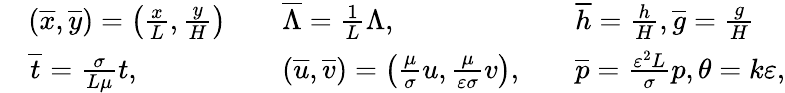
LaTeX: \begin{array}{rlrlrl}&{(\overline{{x}},\overline{{y}})=\left(\frac{x}{L},\frac{y}{H}\right)}&&{\overline{{\Lambda}}=\frac{1}{L}\Lambda,}&&{\overline{{h}}=\frac{h}{H},\overline{{g}}=\frac{g}{H}}\\ &{\overline{{t}}=\frac{\sigma}{L\mu}t,}&&{(\overline{{u}},\overline{{v}})=\left(\frac{\mu}{\sigma}u,\frac{\mu}{\varepsilon\sigma}v\right),}&&{\overline{{p}}=\frac{\varepsilon^{2}L}{\sigma}p,\theta=k\varepsilon,}\end{array}